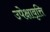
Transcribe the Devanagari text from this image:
उपेक्षावृत्ति